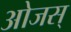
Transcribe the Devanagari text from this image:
ओजस्‌